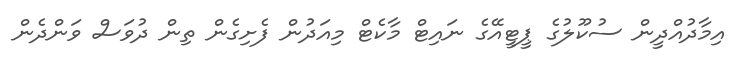
އިމާދުއްދީން ސުކޫލުގެ ޕީޓީއޭގެ ނައިޓް މާކެޓް މިއަދުން ފެށިގެން ތިން ދުވަސް ވަންދެން